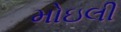
મોઇલી